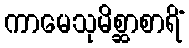
ကာမေသုမိစ္ဆာစာရိံ